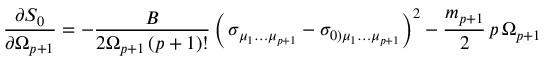
{ \frac { \partial S _ { 0 } } { \partial \Omega _ { p + 1 } } } = - { \frac { B } { 2 \Omega _ { p + 1 } \, ( p + 1 ) ! } } \left( \, \sigma _ { \mu _ { 1 } \dots \mu _ { p + 1 } } - \sigma _ { 0 ) \mu _ { 1 } \dots \mu _ { p + 1 } } \right) ^ { 2 } - \frac { m _ { p + 1 } } { 2 } \, p \, \Omega _ { p + 1 } \,